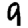
Digit: 9